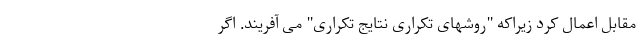
مقابل اعمال کرد زیراکه "روشهای تکراری نتایج تکراری" می آفریند. اگر